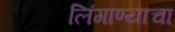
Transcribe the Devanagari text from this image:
लिंगाण्याचा